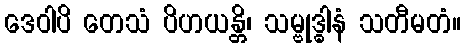
ဒေဝါပိ တေသံ ပိဟယန္တိ၊ သမ္ဗုဒ္ဓါနံ သတီမတံ။